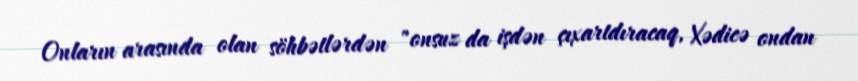
Onların arasında olan söhbətlərdən "onsuz da işdən çıxartdıracaq, Xədicə ondan